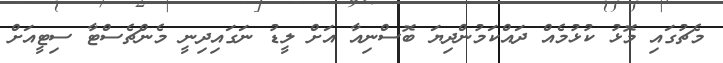
މެޗުގައި މޮޅު ކުޅުމެއް ދައްކަމުންދިޔަ ބޮސްނިއާ އަށް ލީޑު ނަގައިދިނީ މެންޗެސްޓާ ސިޓީއަށް